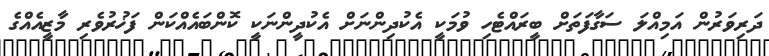
ދަރިވަރުން އަމިއްލަ ސަގާފަތަށް ބީރައްޓެހި ވުމަކީ އެކުދިންނަށް އެކުދީންނަކީ ކޮންބައެއްކަން ފަޚުރުވެރި މާޒީއެއްގެ